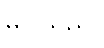
မိပါသည်။